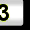
Digit: 3